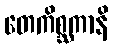
တေကိစ္ဆကာနိ